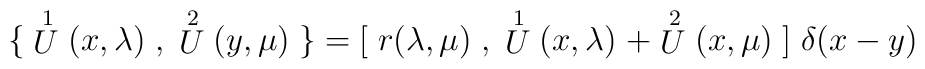
\{\; \stackrel{1}{U}(x,\lambda)\;,\;\stackrel{2}{U}(y,\mu)\;\} =\\  {[}\; r (\lambda , \mu ) \; ,\; \stackrel{1}{U} (x,\lambda) \; +  \stackrel{2}{U} (x,\mu) \;{]} \; \delta(x-y)